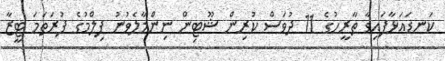
ކަނޑައަޅާފައިވާ ތާރީހުގެ 11 ދުވަސް ކުރިން ޝޫޓިން ނިންމާލެވުނު ފިލްމުގެ ފުރަތަމަ ޓީޒާ